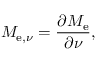
M _ { \mathrm { e } , \nu } = { \frac { \partial M _ { \mathrm { e } } } { \partial \nu } } ,